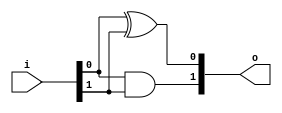
module h_adder(input [1:0]i, output [1:0]o);
    assign o[0] = i[0]^i[1];
    assign o[1] = i[0]&i[1];
endmodule